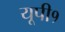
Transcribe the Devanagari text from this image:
यूपी१